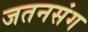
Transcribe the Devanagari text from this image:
जतनसंग